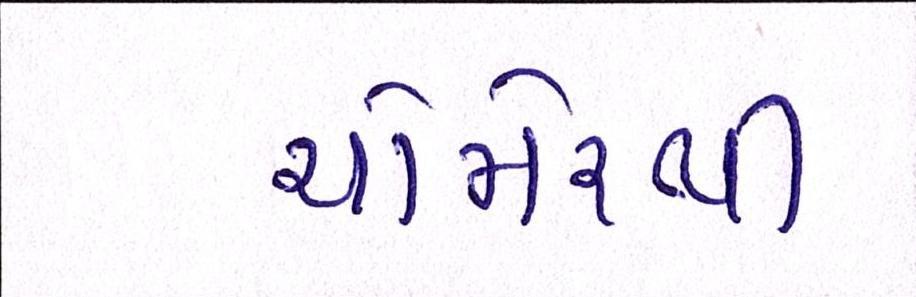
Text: ચોમેરથી